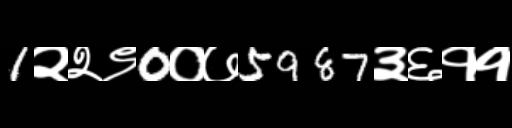
Text: 1२२९0०७5987३६११